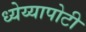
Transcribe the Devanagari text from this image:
ध्‍येय्यापोटी